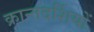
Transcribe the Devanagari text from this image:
क्रान्तदर्शियों